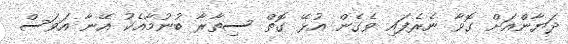
ދަޔާންއަށް ގޮވާ ނެރެފައި ވެގެން އުޅޭ ގޮތް ސިތާރާ ބުނުމާއެކު އޭނާ އަވަސް